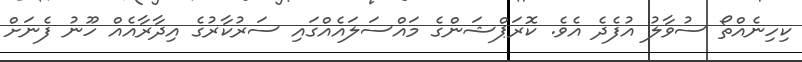
ކިހިނެއްތޯ ސުވާލު އުފެދެ އެވެ. ކޮރަޕްޝަންގެ މައްސަލައެއްގައި ސަރުކާރުގެ އިދާރާއެއް ހޫނު ފެނަށް